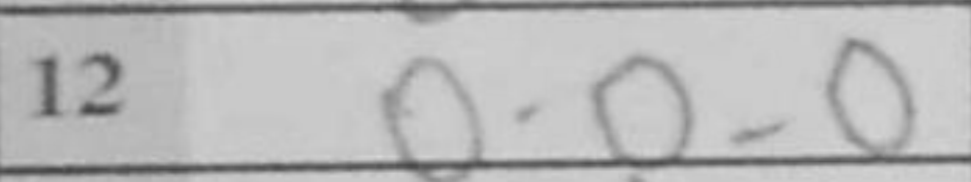
Transcription: O-O-O